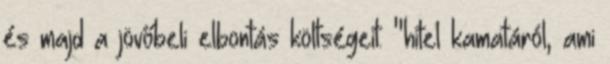
és majd a jövőbeli elbontás költségeit. "hitel kamatáról, ami